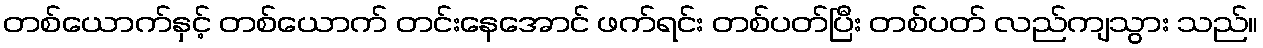
တစ်ယောက်နှင့် တစ်ယောက် တင်းနေအောင် ဖက်ရင်း တစ်ပတ်ပြီး တစ်ပတ် လည်ကျသွား သည်။